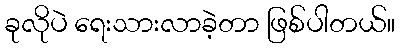
ခုလိုပဲ ရေးသားလာခဲ့တာ ဖြစ်ပါတယ်။